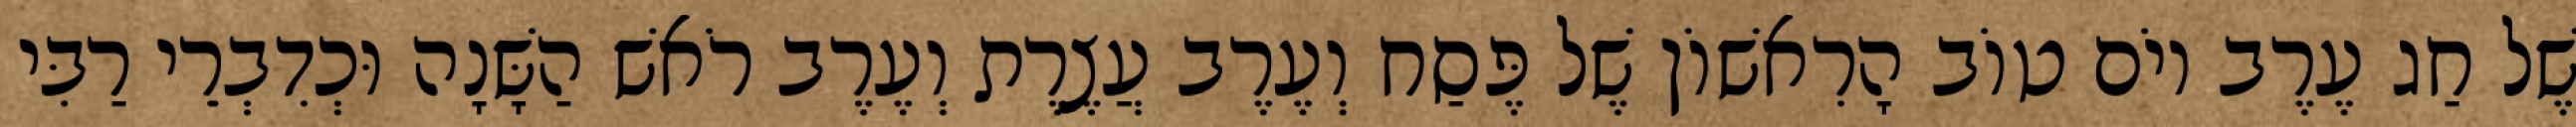
שֶׁל חַג עֶרֶב יוֹם טוֹב הָרִאשׁוֹן שֶׁל פֶּסַח וְעֶרֶב עֲצֶרֶת וְעֶרֶב רֹאשׁ הַשָּׁנָה וּכְדִבְרֵי רַבִּי